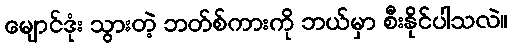
မျောင်ဒုံး သွားတဲ့ ဘတ်စ်ကားကို ဘယ်မှာ စီးနိုင်ပါသလဲ။